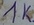
Text: 1K